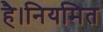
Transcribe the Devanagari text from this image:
है।नियमित